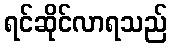
ရင်ဆိုင်လာရသည်